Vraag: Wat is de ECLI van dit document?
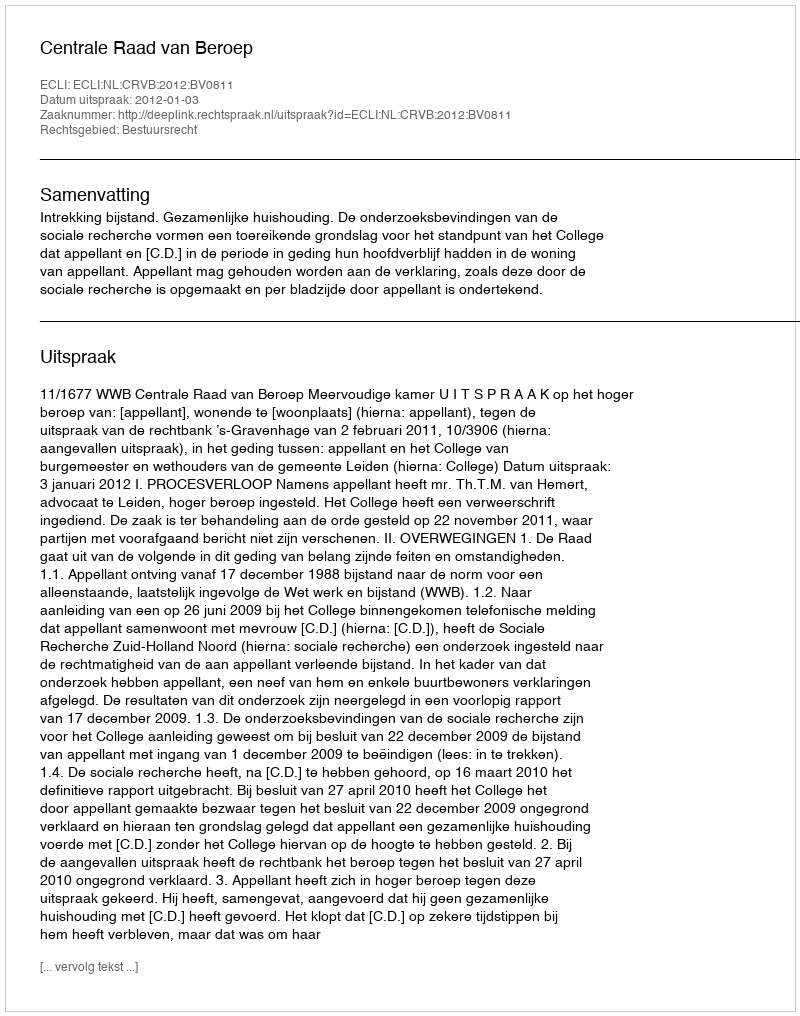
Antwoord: ECLI:NL:CRVB:2012:BV0811